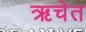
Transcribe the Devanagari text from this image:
ऋचेत